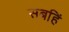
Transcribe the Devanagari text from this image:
सबहिं